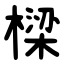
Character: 樑